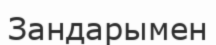
Зандарымен